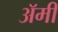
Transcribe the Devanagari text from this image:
अॅमी